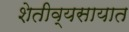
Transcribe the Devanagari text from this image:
शेतीव्यसायात